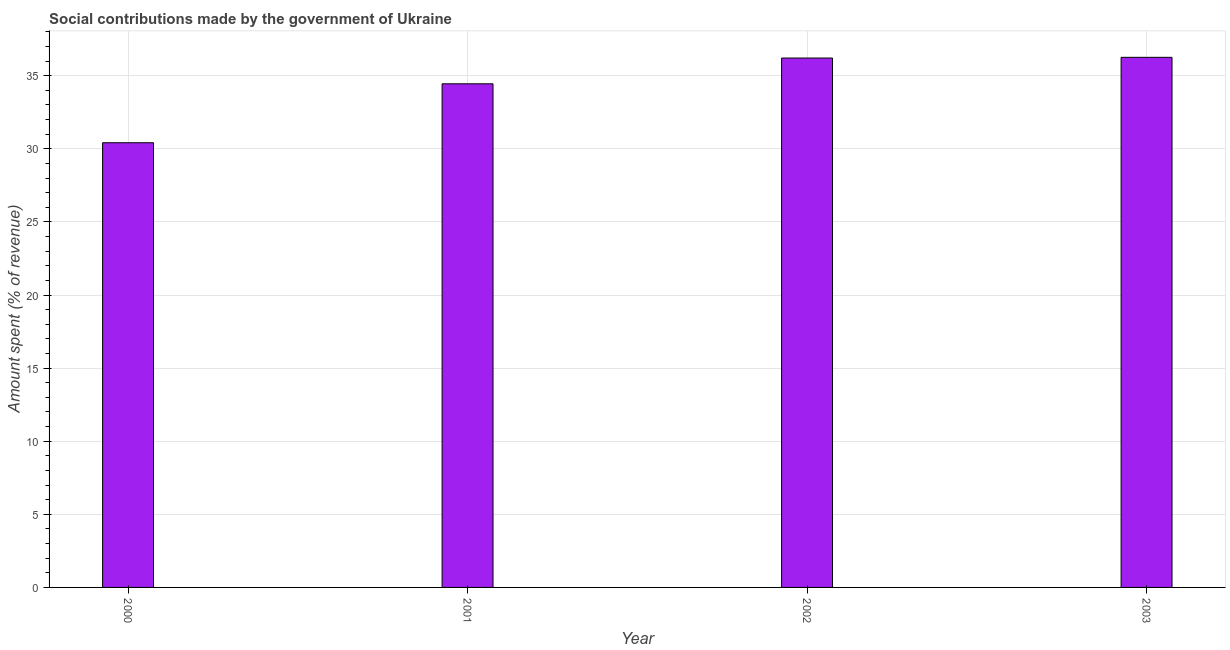
| Year | Social contributions |
 | --- | --- |
 | 2000 | 30.4 |
 | 2001 | 34.4 |
 | 2002 | 36.2 |
 | 2003 | 36.3 |